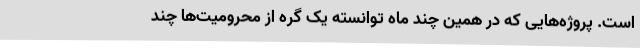
است. پروژه‌هایی که در همین چند ماه توانسته یک گره از محرومیت‌ها چند